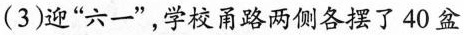
(3)迎“六一”，学校甬路两侧各摆了40盆